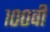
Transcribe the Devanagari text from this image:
१००वी